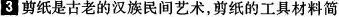
3 剪纸是古老的汉族民间艺术，剪纸的工具材料简